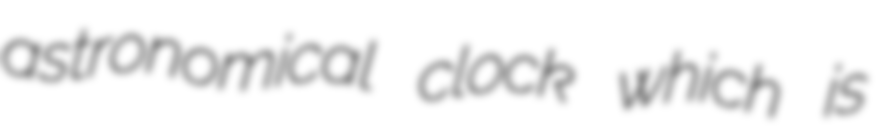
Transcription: astronomical clock which is